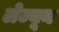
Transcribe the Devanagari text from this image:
लेज्यून